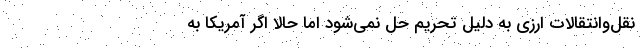
نقل‌وانتقالات ارزی به دلیل تحریم حل نمی‌شود اما حالا اگر آمریکا به